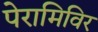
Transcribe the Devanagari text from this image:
पेरामिविर